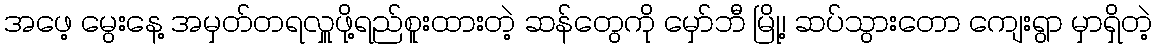
အဖေ့ မွေးနေ့ အမှတ်တရလှူဖို့ရည်စူးထားတဲ့ ဆန်တွေကို မှော်ဘီ မြို့၊ ဆပ်သွားတော ကျေးရွာ မှာရှိတဲ့